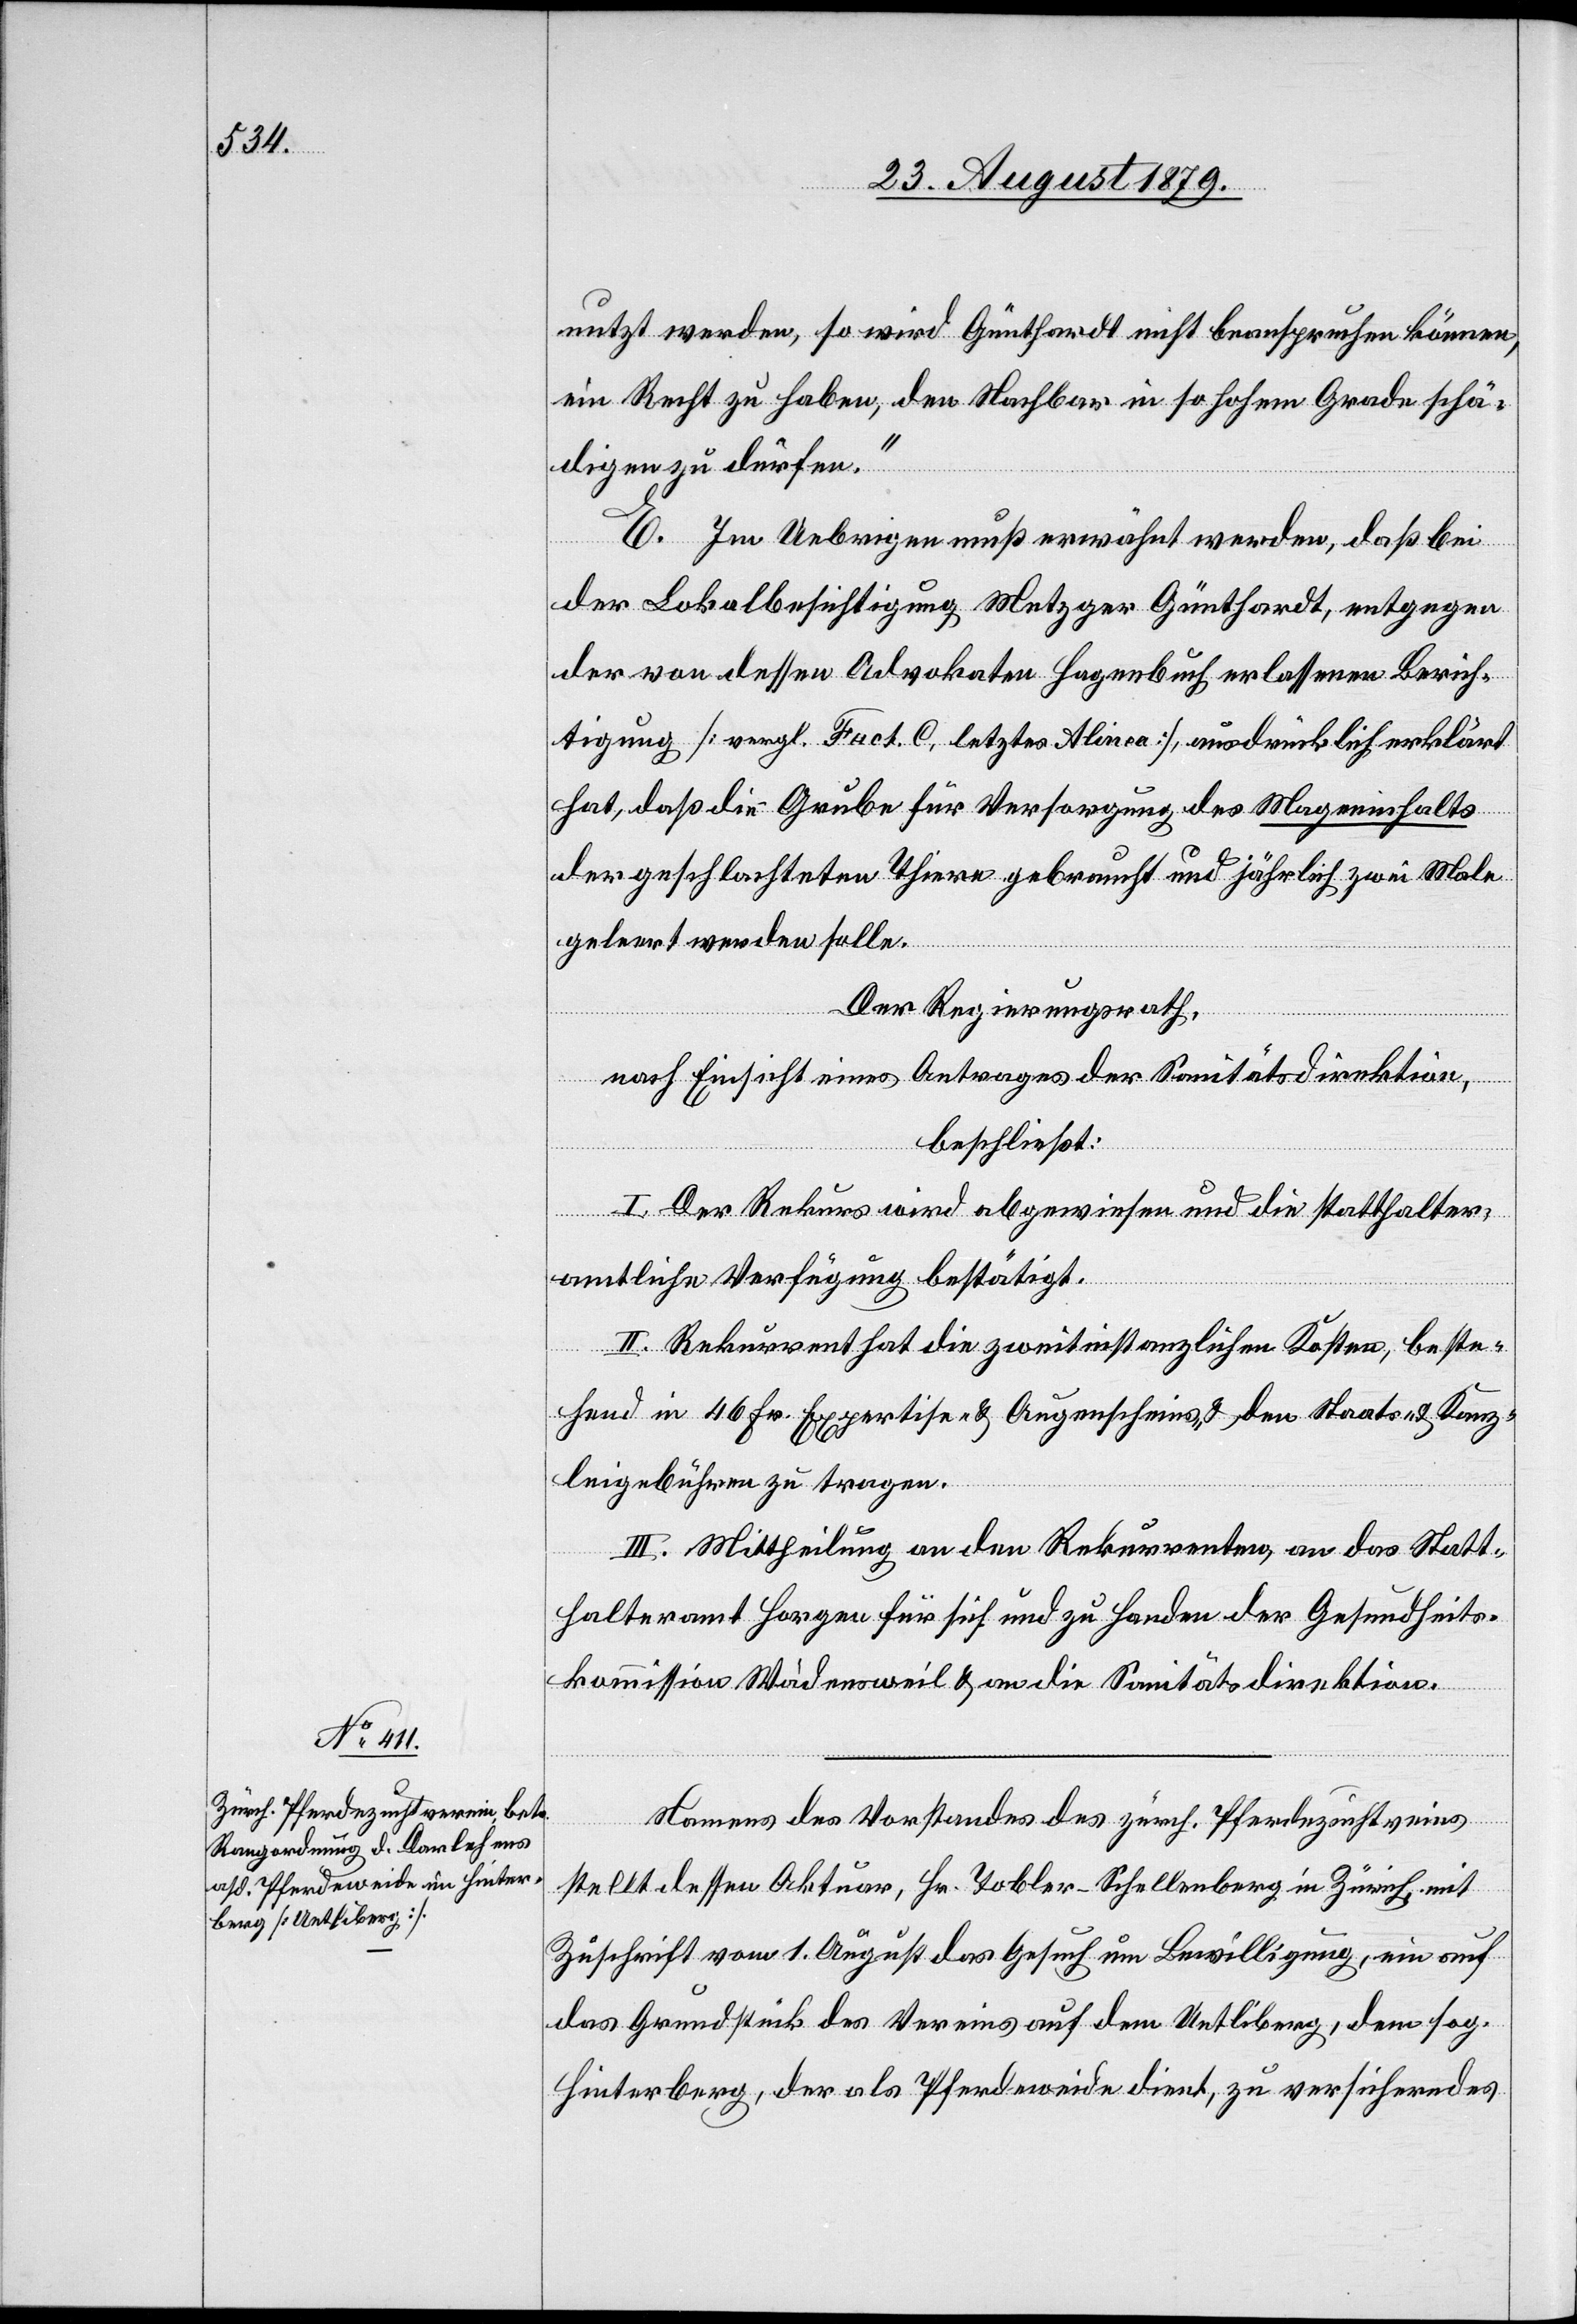
nutzt werden, so wird Günthardt nicht beanspruchen können,
ein Recht zu haben, den Nachbar in so hohem Grade schä¬
digen zu dürfen.“
E. Im Uebrigen muß erwähnt werden, daß bei
der Lokalbesichtigung Metzger Günthardt, entgegen
der von dessen Advokaten Hagenbuch erlassenen Berich¬
tigung [vergl. Fact. C. letztes Alinea], ausdrücklich erklärt
hat, daß die Grube für Versorgung des Mageninhalts
der geschlachteten Thiere gebraucht und jährlich zwei Male
gelernt werden solle.
Der Regierungsrath,
nach Einsicht eines Antrages der Sanitätsdirektion,
beschließt:
I. Der Rekurs wird abgewiesen und die statthalter¬
amtliche Verfügung bestätigt.
II. Rekurrent hat die zweitinstanzlichen Kosten, beste¬
hend in 46 Fr. Expertise- & Augenscheins & den Staats- & Kanz¬
leigebühren zu tragen.
III. Mittheilung an den Rekurrenten, an das Statt¬
halteramt Horgen für sich und zu Handen der Gesundheits¬
kommission Wädensweil & an die Sanitätsdirektion.
Namens des Vorstandes des zürch. Pferdezuchtvereins
stellt dessen Aktuar, Hr. Tobler-Schellenberg in Zürich, mit
Zuschrift vom 1. August das Gesuch um Bewilligung, ein auf
das Grundstück des Vereins auf dem Uetliberg, dem sog.
Hinterberg, der als Pferdeweide dient, zu versicherndes